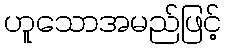
ဟူသောအမည်ဖြင့်